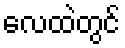
လေထဲတွင်